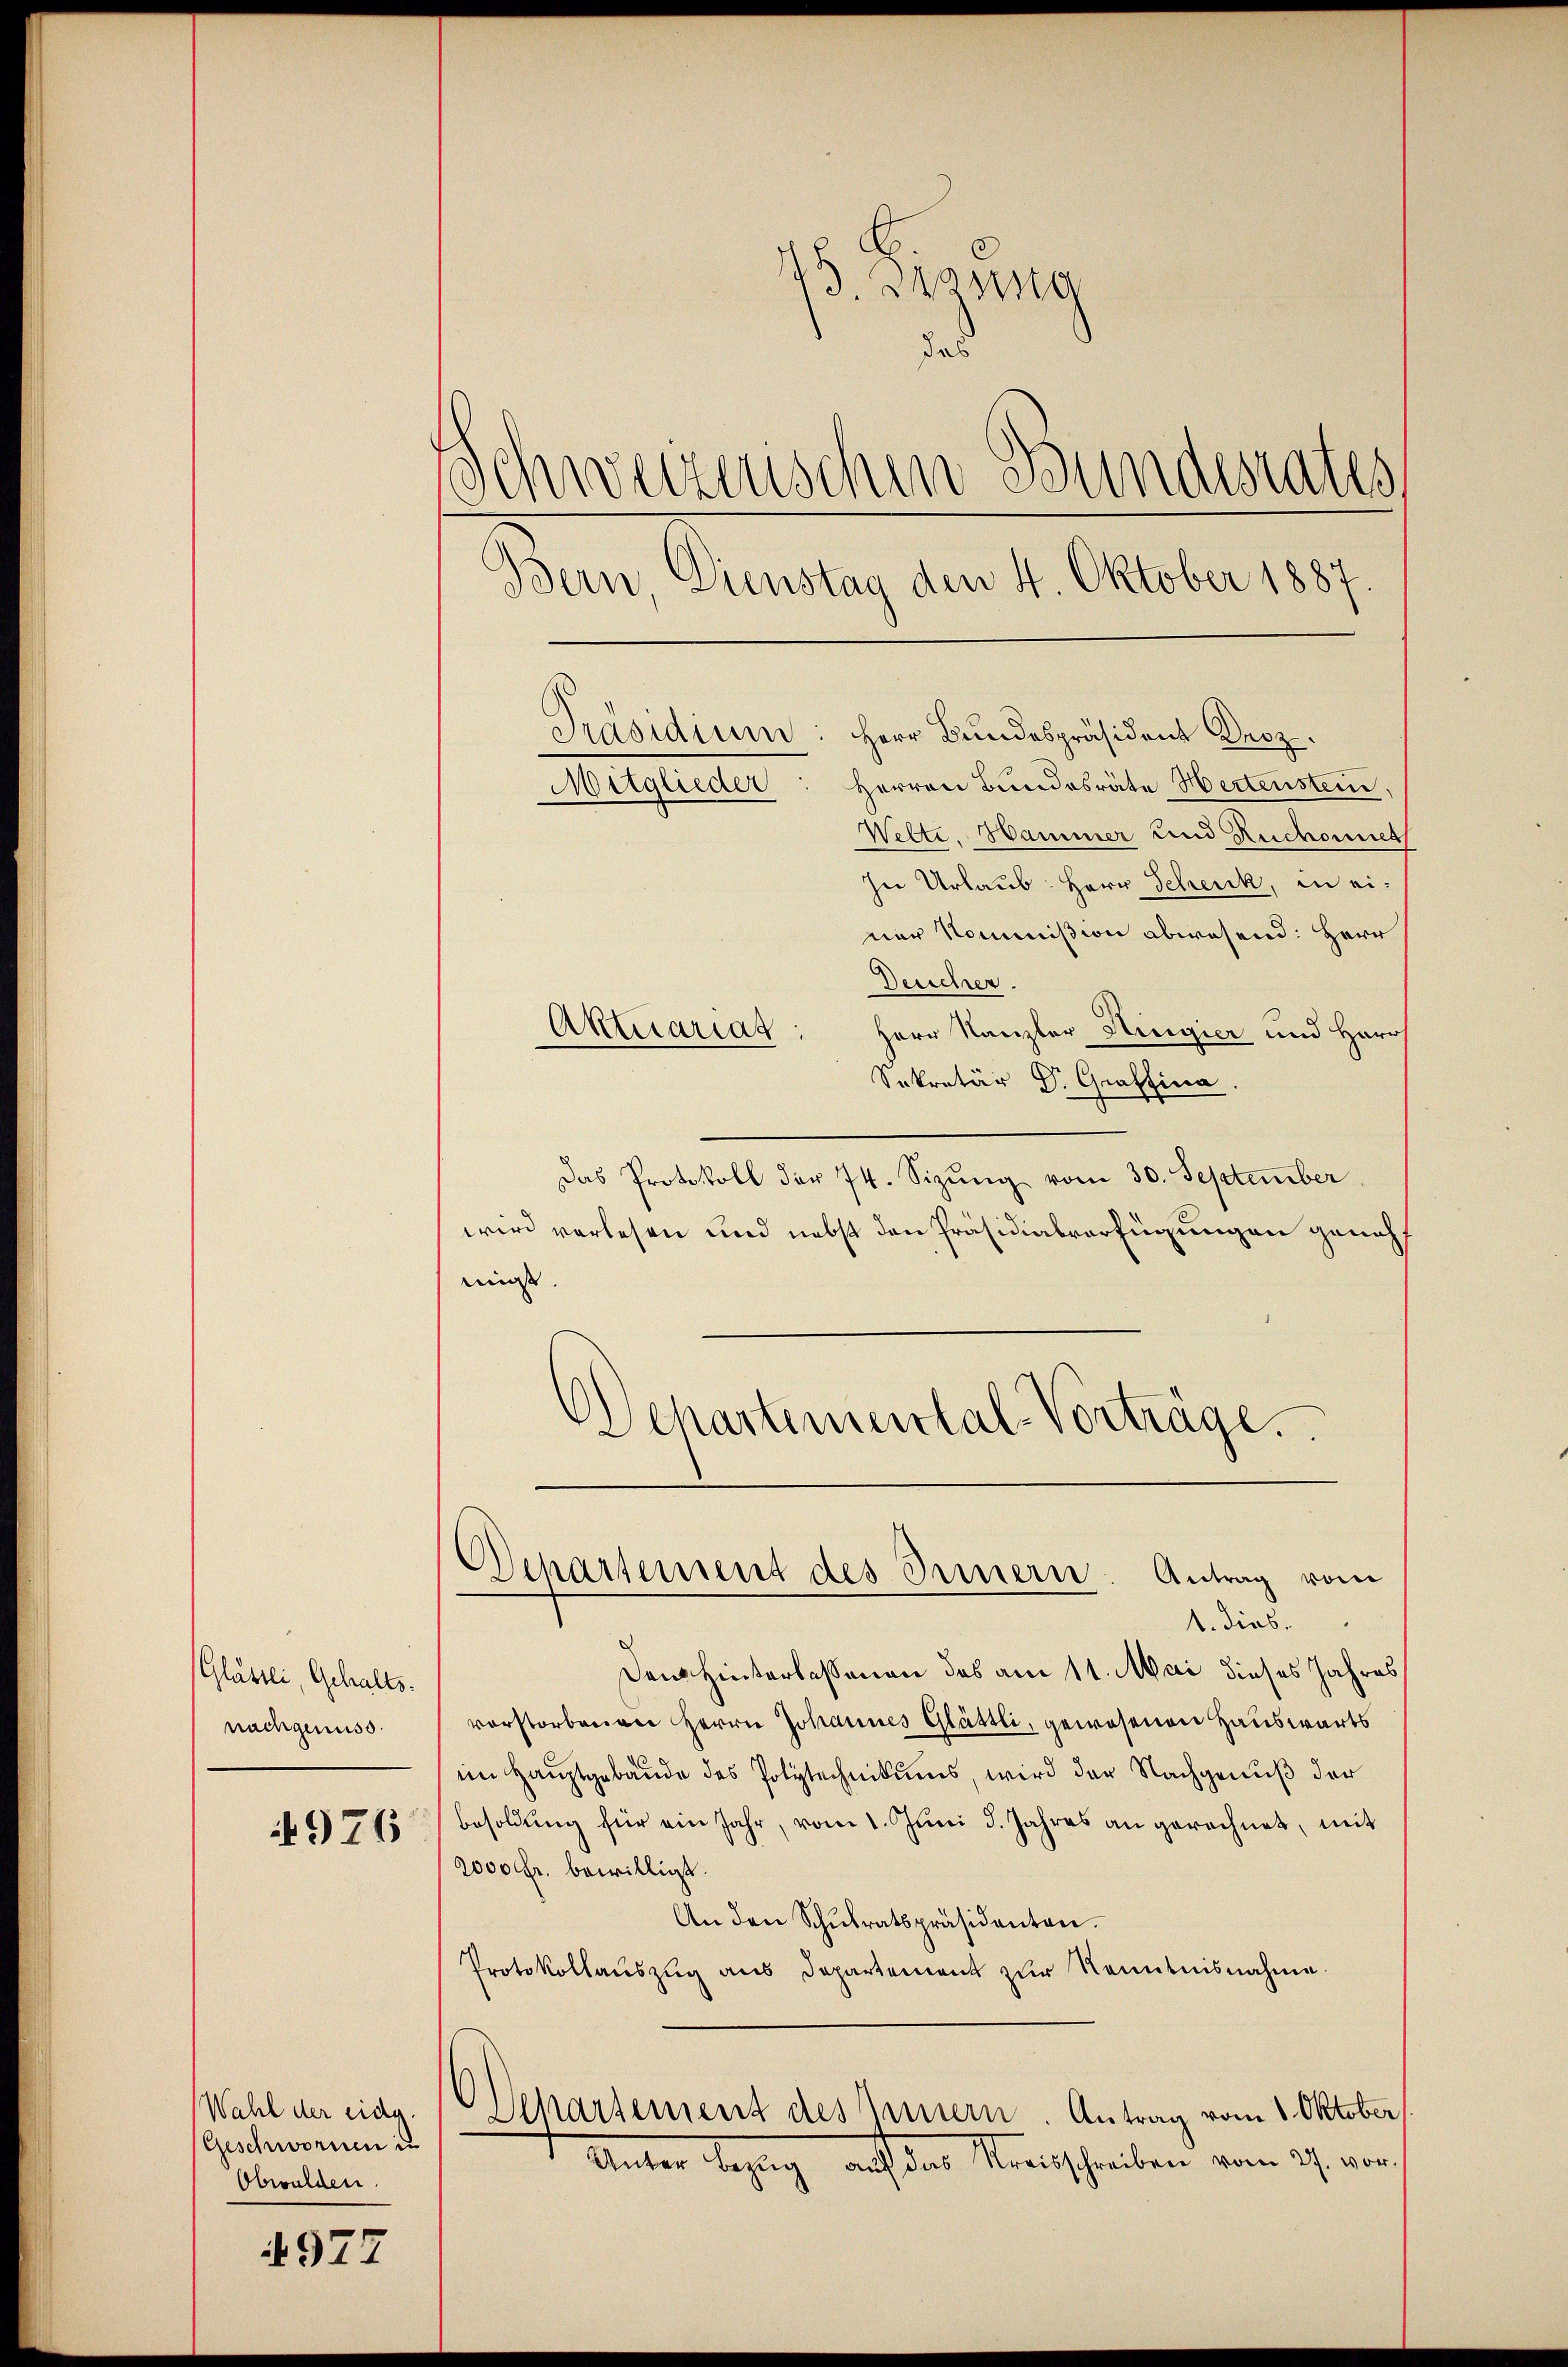
Glättli, Gehalts.
nachgenuss.

4976

Wahl der eidg.
Geschwornen in
Obwalden.

4977

5 Bezug
das
Schweizerischen Bundesrates
Bern, Dienstag den 4. Oktober 1887
Präsidium: Herr Bundespräsident Droz.
Herren Bundesräte Hertenstein,
Mitglieder
Wette, Hammer und Ruchonet

In Urlaub: Herr Schenk, in einer Kommißion abwesend: Herr
Desicher.
Herr Kanzler Hingier und Herr
Sekretär Dr. Graffina.
Das Protokoll der 74. Sizŭng vom 30. September
wird verlesen und nebst den Präsidialverfügungen genehmis.
Schartemental-Vorträge.

Aktuariag:

Dem Hinterlassenen des am 11. Mai dieses Jahres
vorstorbenen Herrn Johannes Glättli, gewesenen Hauswärts
im Hauptgebäude des Polytechnikums, wird der Nachgenuß der
besoldŭng für ein Jahr, vom 1. Jŭni d. Jahres an gerechnet, mit
2000 Fr. bewilligt.
An den Schŭlratspräsidenten.
Protokollauszug aus Departement zur Kenntnisnahme.
.
ehartement des Innern. Antrag vom 1. Oktober,
Unter Bezug auf der Menschreiben vom 27. von

Dchartement des Innern. Antrag vom
1. dies.